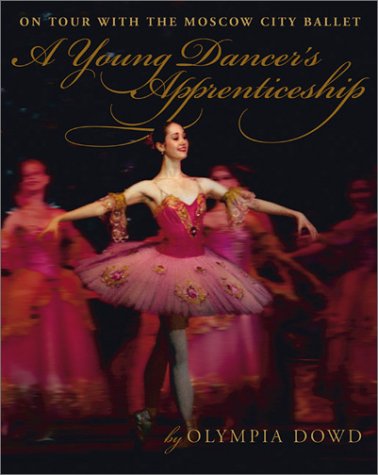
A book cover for Young Dancer'S Apprenticeship, A (Single Titles); Olympia Dowd; Teen & Young Adult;